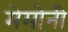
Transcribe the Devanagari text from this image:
मेमोनी